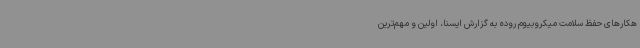
هکارهای حفظ سلامت میکروبیوم روده به گزارش ایسنا، اولین و مهم‌ترین